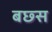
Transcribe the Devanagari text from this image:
बछ्स